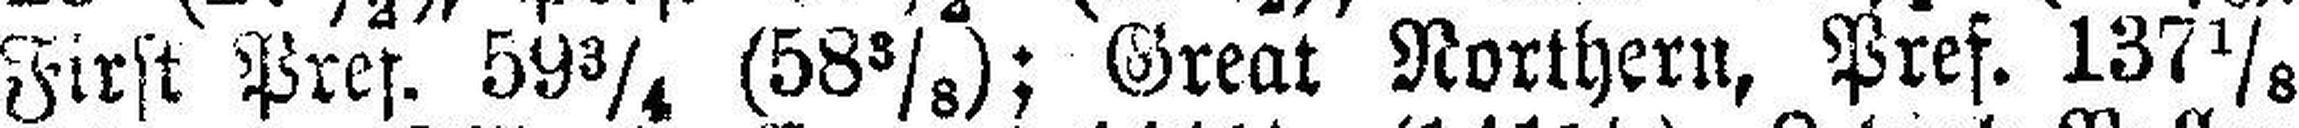
First Pref. 59¾ (58⅜); Great Northern, Pref. 137⅛